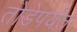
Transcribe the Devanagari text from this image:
तोडेपर्यंत